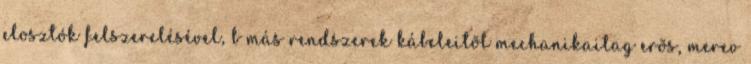
elosztók felszerelésével, b más rendszerek kábeleitõl mechanikailag erõs, merev